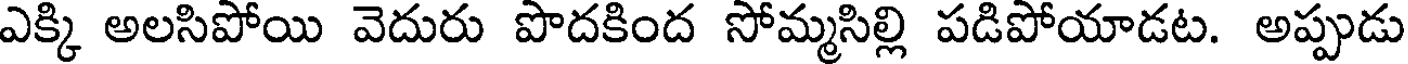
ఎక్కి అలసిపోయి వెదురు పొదకింద సోమ్మసిల్లి పడిపోయాడట. అప్పుడు